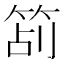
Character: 𥭔